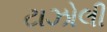
ટાઝોલી